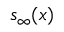
s _ { \infty } ( x )